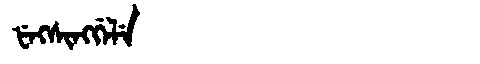
Manchu: ᡶᡝᡴᠰᡳᠩᡤᡝᠯᡝ
Romanization: FEKSINGGELE